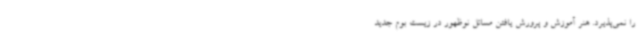
را نمی‌پذیرد. هنر آموزش و پرورش یافتن مسائل نوظهور در زیست بوم جدید